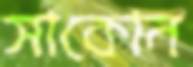
সাকোন